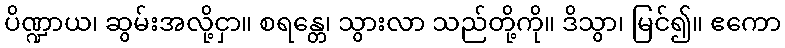
ပိဏ္ဍာယ၊ ဆွမ်းအလို့ငှာ။ စရန္တေ၊ သွားလာ သည်တို့ကို။ ဒိသွာ၊ မြင်၍။ ဧကော